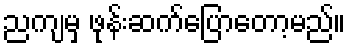
ညကျမှ ဖုန်းဆက်ပြောတော့မည်။